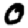
Digit: 0